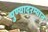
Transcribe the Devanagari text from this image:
पुण्यादरम्यान